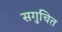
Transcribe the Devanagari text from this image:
सगुचित